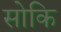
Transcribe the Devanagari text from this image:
सोकि